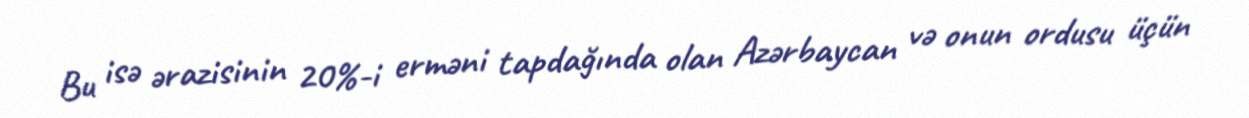
Bu isə ərazisinin 20%-i erməni tapdağında olan Azərbaycan və onun ordusu üçün